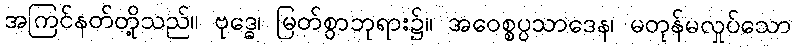
အကြင်နတ်တို့သည်။ ဗုဒ္ဓေ၊ မြတ်စွာဘုရား၌။ အဝေစ္စပ္ပသာဒေန၊ မတုန်မလှုပ်သော